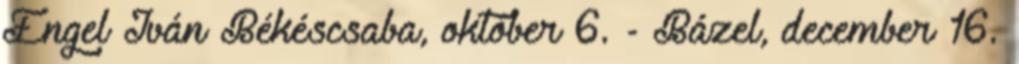
Engel Iván Békéscsaba, október 6. - Bázel, december 16.